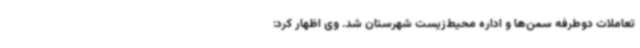
تعاملات دوطرفه سمن‌ها و اداره محیط‌زیست شهرستان شد. وی اظهار کرد: